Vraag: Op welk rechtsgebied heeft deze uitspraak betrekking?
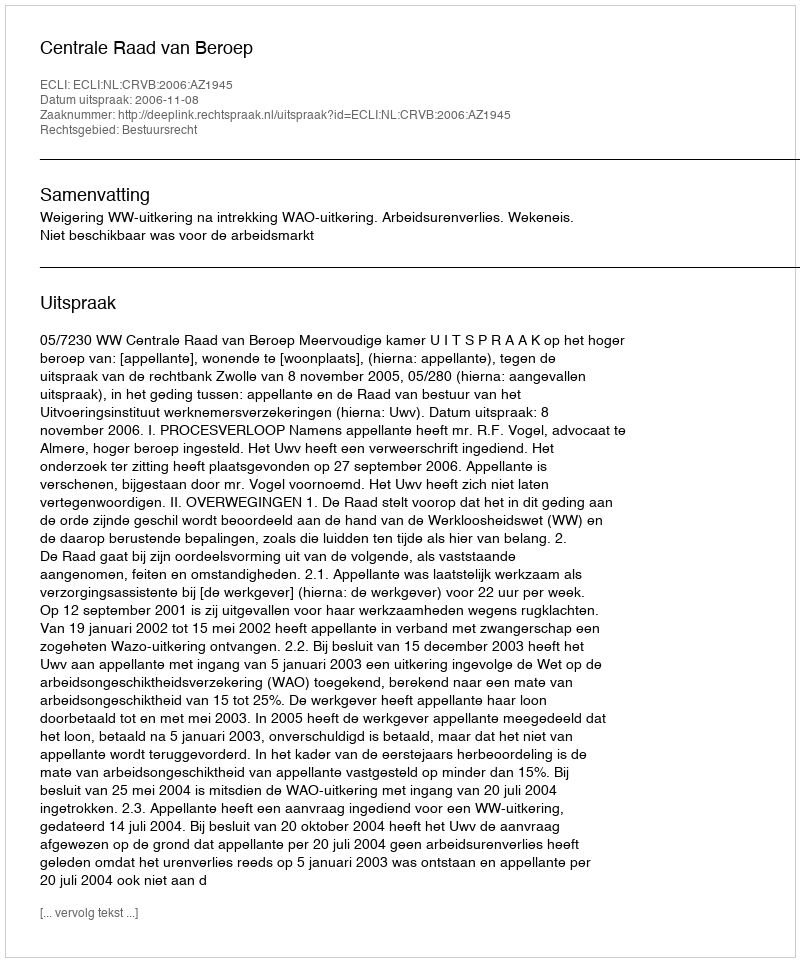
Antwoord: Bestuursrecht